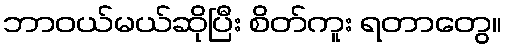
ဘာဝယ်မယ်ဆိုပြီး စိတ်ကူး ရတာတွေ။